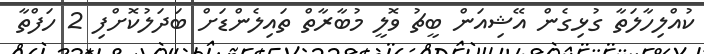
ކުއްލިހާލަތާ ގުޅިގެން އޭޝިއަން ބީޗު ވޮލީ މުބާރާތް ތައިލެންޑަށް ބަދަލުކޮށްފި 2 ހަފްތާ